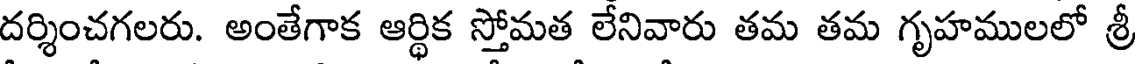
దర్శించగలరు. అంతేగాక ఆర్థిక స్తోమత లేనివారు తమ తమ గృహములలో శ్రీ